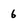
Character: 6